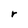
Character: r